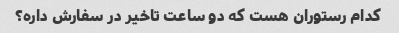
کدام رستوران هست که دو ساعت تاخیر در سفارش داره؟